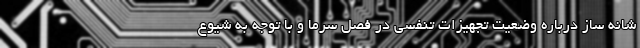
شانه ساز درباره وضعیت تجهیزات تنفسی در فصل سرما و با توجه به شیوع